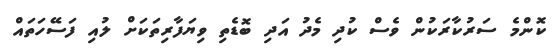
ކޮންމެ ސަރުކާރަކުން ވެސް ކުދި މެދު އަދި ބޮޑެތި ވިޔަފާރިތަކަށް ލުއި ފަސޭހަތައް